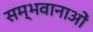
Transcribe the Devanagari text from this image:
सम्भवानाओं